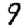
Digit: 9